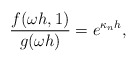
\begin{align*}\frac{f(\omega h, 1)}{g(\omega h)} = e^{\kappa_n h},\end{align*}